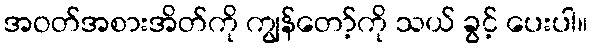
အဝတ်အစားအိတ်ကို ကျွန်တော့်ကို သယ် ခွင့် ပေးပါ။